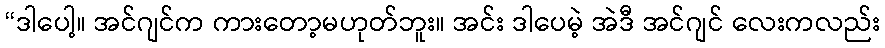
“ဒါပေါ့။ အင်ဂျင်က ကားတော့မဟုတ်ဘူး။ အင်း ဒါပေမဲ့ အဲဒီ အင်ဂျင် လေးကလည်း